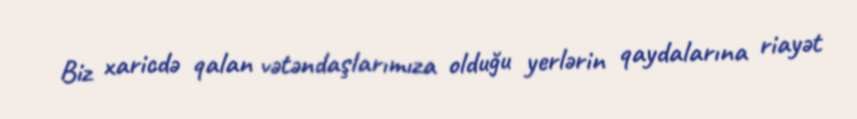
Biz xaricdə qalan vətəndaşlarımıza olduğu yerlərin qaydalarına riayət